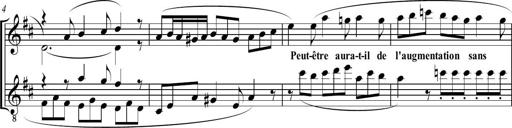
Title: Sonatine bureaucratique
Composer: Erik Satie